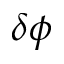
\delta \phi